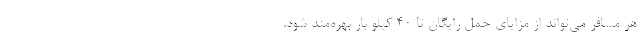
هر مسافر می‌تواند از مزایای حمل رایگان تا ۴۰ کیلو بار بهره‌مند شود،